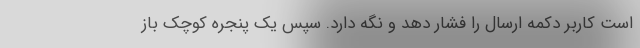
است کاربر دکمه ارسال را فشار دهد و نگه دارد. سپس یک پنجره کوچک باز